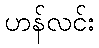
ဟန်လင်း